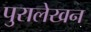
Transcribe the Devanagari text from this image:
पुरालेखन